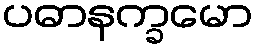
ပဓာနက္ခမော